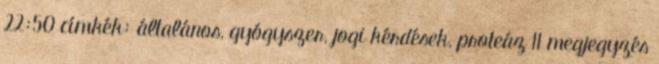
22:50 címkék: általános, gyógyszer, jogi kérdések, proteáz 11 megjegyzés